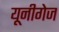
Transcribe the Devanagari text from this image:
यूनीगेज